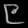
Digit: ၉